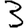
Digit: 3